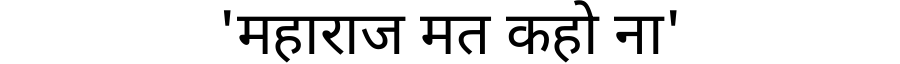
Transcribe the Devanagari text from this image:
'महाराज मत कहो ना'